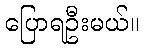
ပြောရဦးမယ်။